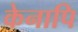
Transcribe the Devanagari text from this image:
केनापि